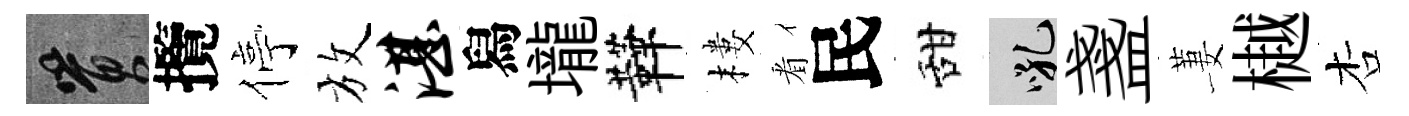
篔攬停放湛舄壠鞾樓㸔民甜吼盞萋樾杏